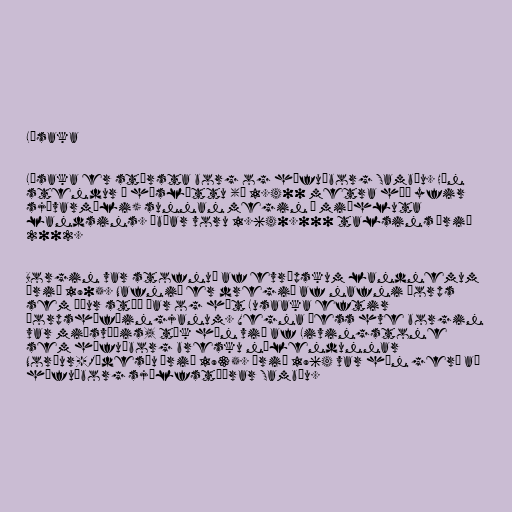
Lúsaka

Lúsaka er stærsta borg og höfuðborg Sambíu. Hún
stendur á hásléttu (í 1.400 metra hæð yfir
sjávarmáli) sunnan megin í miðhluta
landsins. Íbúar voru 1.640.000 talsins árið
2002.

Borgin var stofnuð af evrópskum landnemum
árið 1905. Nafnið er dregið af nafni þorps
sem áður stóð þar og hét Lusaaka eftir
þorpshöfðingjanum. Vegna þess hve borgin
var miðsvæðis, tók hún við af Livingstone
sem höfuðborg bresku nýlendunnar
Norður-Ródesíu árið 1935. Árið 1964 var hún gerð að
höfuðborg sjálfstæðrar Sambíu.